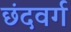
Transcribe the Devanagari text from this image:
छंदवर्ग